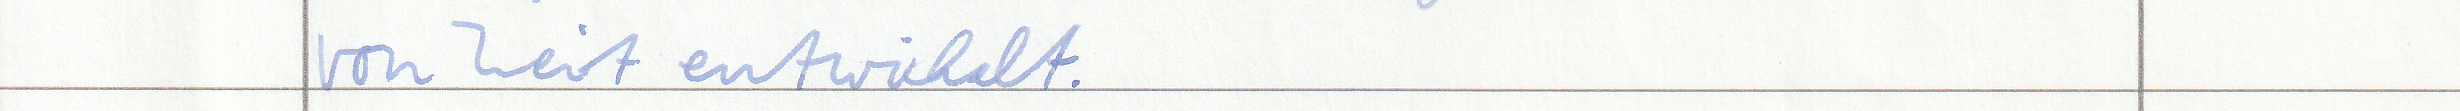
von Zeit entwickelt.